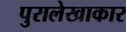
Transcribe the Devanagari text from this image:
पुरालेखाकार